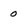
Character: 0